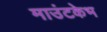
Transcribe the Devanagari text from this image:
माउंटकेभ